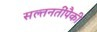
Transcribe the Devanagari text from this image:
सल्तनतींपैकी